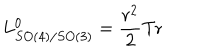
LaTeX: L _ { S O ( 4 ) / S O ( 3 ) } ^ { 0 } = { \frac { r ^ { 2 } } { 2 } } \mathrm { T r }